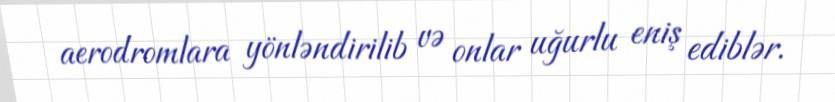
aerodromlara yönləndirilib və onlar uğurlu eniş ediblər.